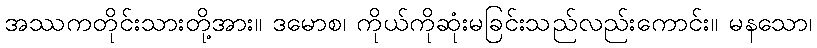
အဿကတိုင်းသားတို့အား။ ဒမောစ၊ ကိုယ်ကိုဆုံးမခြင်းသည်လည်းကောင်း။ မနသော၊